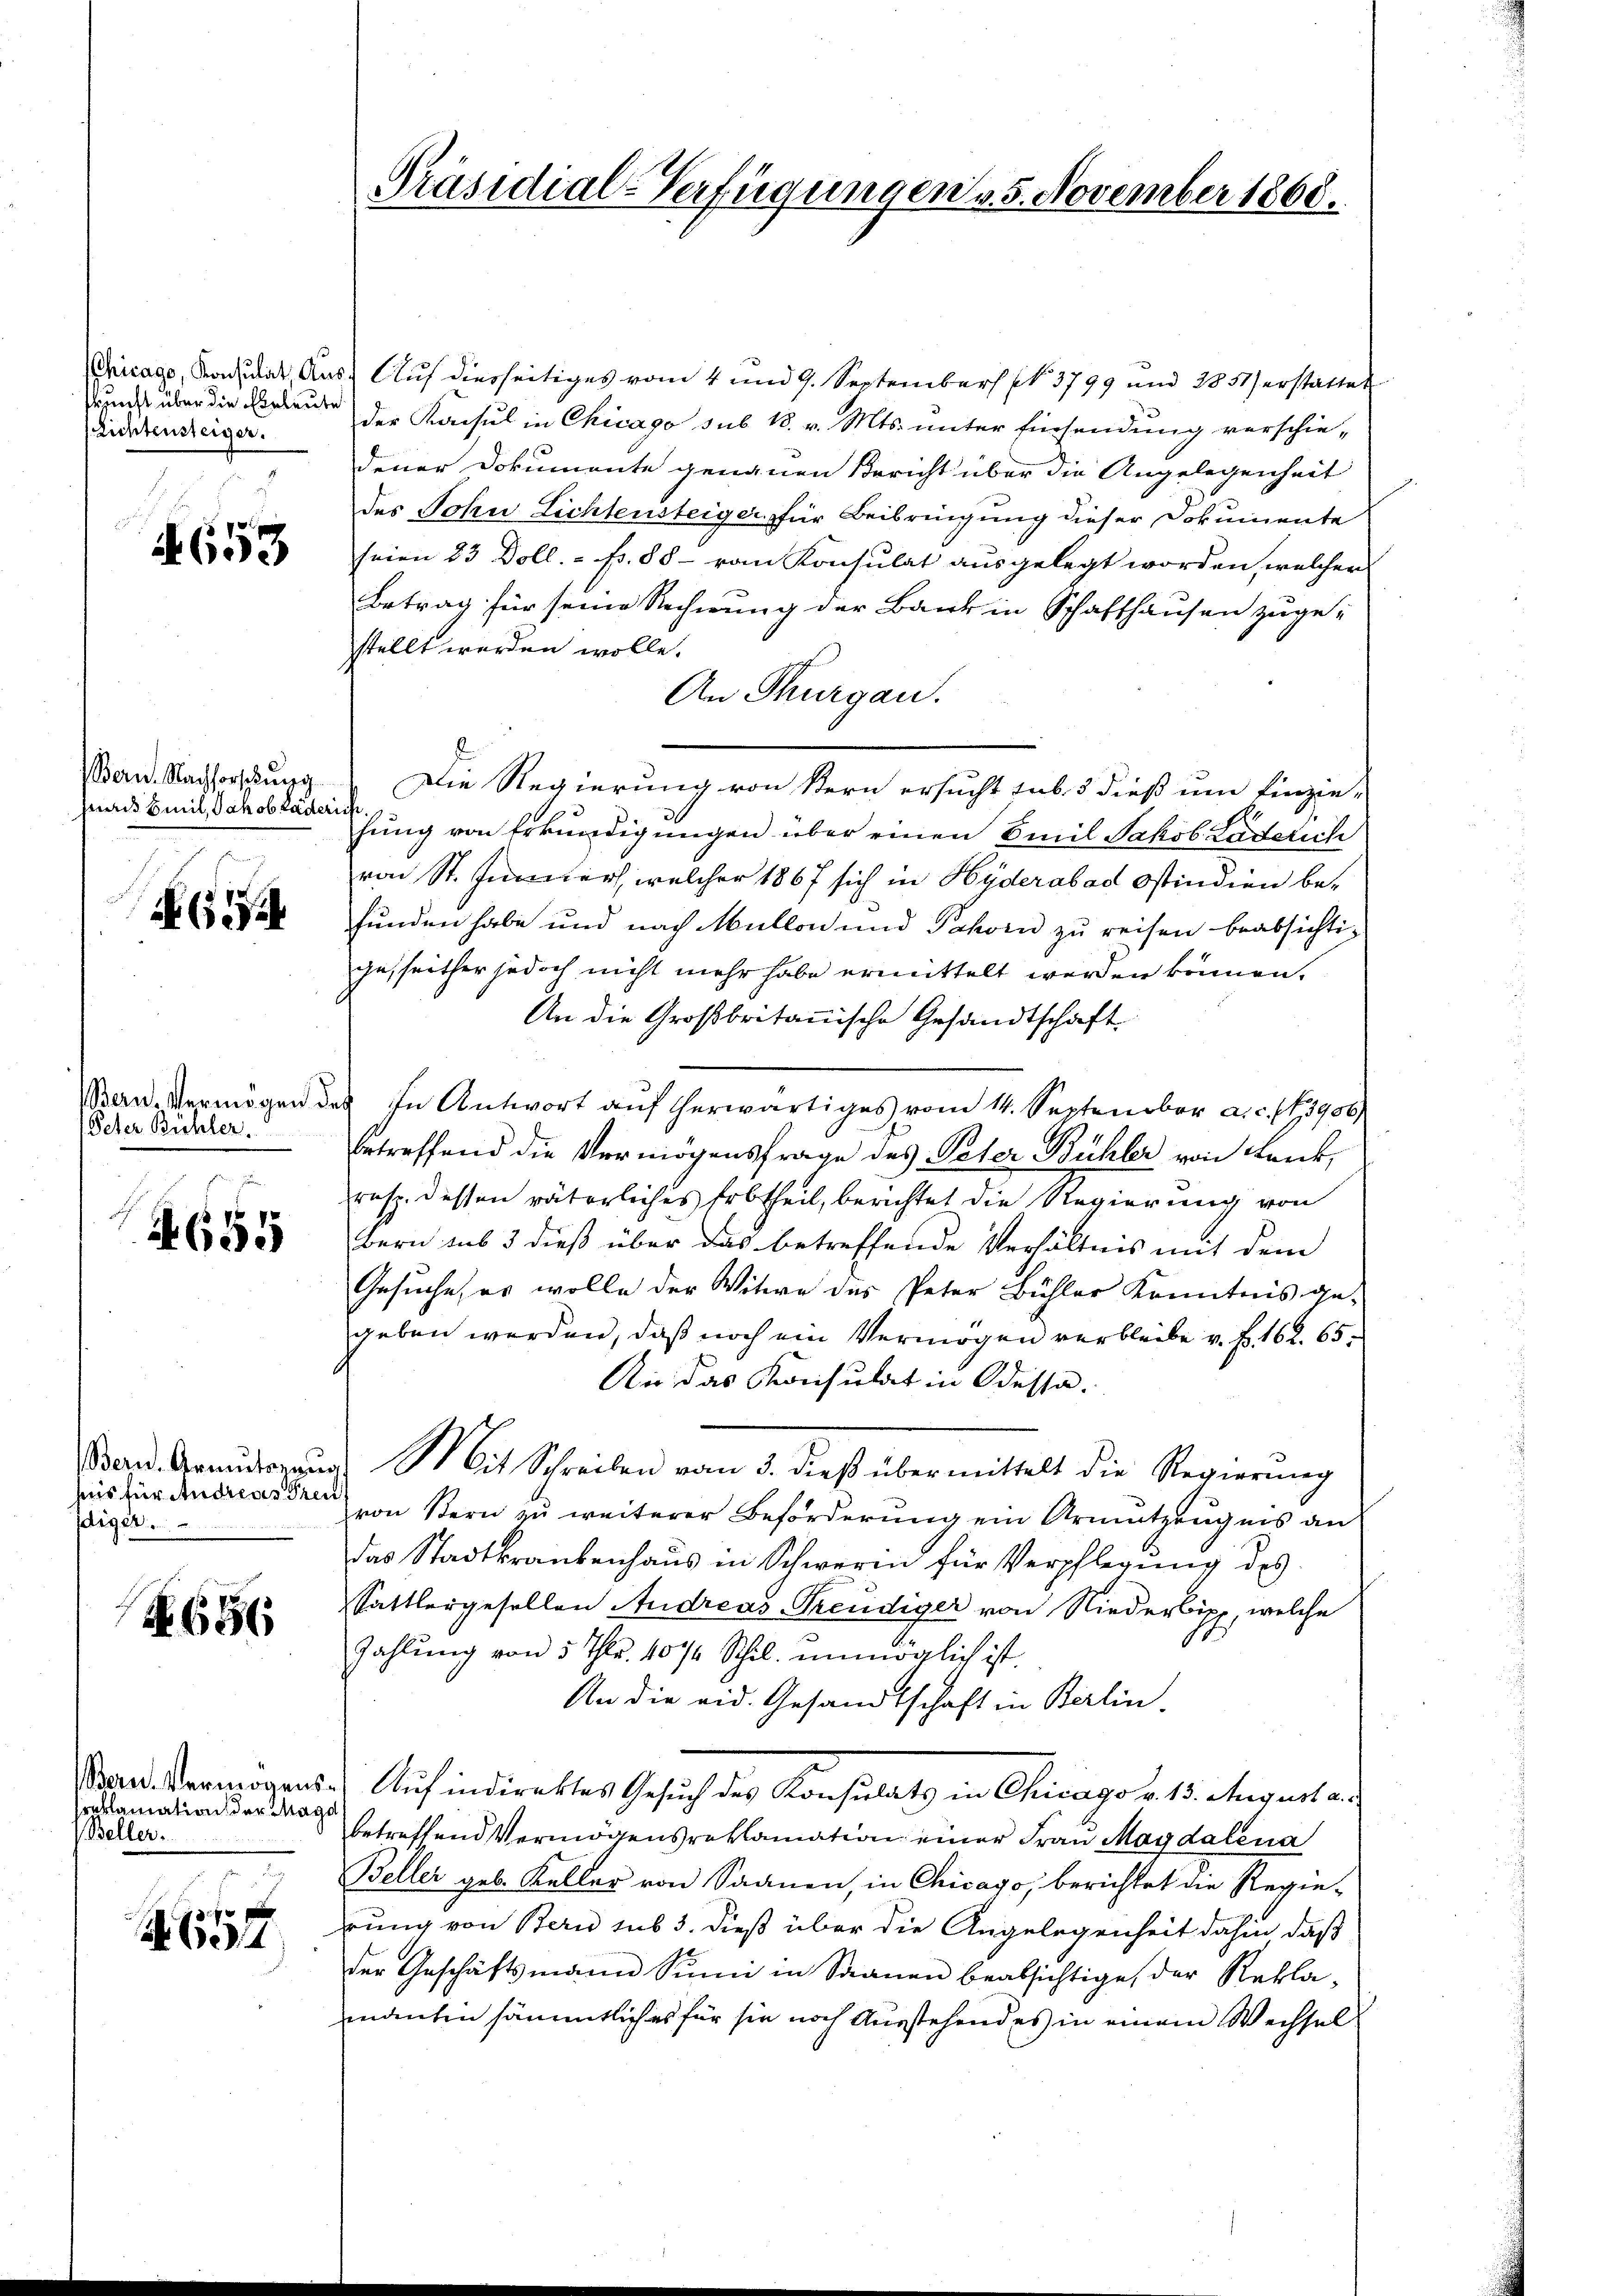
skunft über die Eheleute
Lichtensteiger.

653

Bern. Nachforschung
zwai Emil Jakob Läder

65

Bern. Vermögen d
Peter Bühler.

655

heris für Andreas Freu
Idiger.

No. 656.

Bern. Vermögenssreklamation der Maga
Beller.
.

f
604

Präsidial-Verfügungen v. 5. November 1868.

Chicago, Konsulat, Aus Auf diesseitiges vom 4 und 9. September Nr. 3799 und 1851 erstattet
der Konsul in Chicago sub 18. v. Mts. unter Einsendung verschie-
dener Dokumente genauen Bericht über die Angelegenheit
des John Lichtensteiger für Beibringung dieser Dokumente
seien 23 Doll. - p. 88 - vom Konsulat ausgelegt worden, welcher
Betrag für seine Rechnung der Baur in Schaffhausen zuge-
stellt werden wolle.
An Thurgau.
Die Regierung von Stern ersucht sub. 3 dieß um Einzie-
i
hung von Erkundigungen über einen Emil Jakob Lädelich
von St. Jenner, welcher 1867 sich in Hyderabad Ostindien befunden habe und nach Mullon und Pahorn zu reisen beabsichtigesseither jedoch nicht mehr habe ermittelt werden können.
An die Großbritanische Gesandtschaft
ef
In Antwort auf herwärtiges vom 14. September a. c. fr. 1906/
betreffend die Vermögensfrage des Peter Bühler von Lenk,
resp. dessen väterliches Erbtheil, berichtet die Regierung von
Bern sub 3 dieß über das betreffende Verhältnis mit dem
Gesuche, er wolle der Witwe des Peter Bühler Kenntnis ge-
geben werden, daß noch ein Vermögen verbleibe v. J. 162. 65.
Die das Konsulat in Odessa.
Bord. Armŭtraŭg Sit Schreiben vom 3. dieß übermittelt die Regierŭng
von Stern zu weiterer Beförderung ein Armutzengnis an
das Stadtkrankenhaus in Schwerin für Verpflegung des
.
Sattlergesellen Andreas Treudiger von Niederlipp, welche
Zahlŭng von 5 Thlr. 407/4 Schil unmöglich ist.
An die eid. Gesandtschaft in Berlin-
 Auf indirektes Gesuch des Konsulats in Chicago v. 15. August an
betreffend Vermögensreklamation einer Frau Magdalena
Beller geb. Keller von Saanen, in Chicago, berichtet die Regie-
rung von Bern sub 3. dieß über die Angelegenheit dahin, daß
der Geschäftsmann Sinn in Saanen beabsichtige, der Rekla-
manten sämmtlich es für sie noch Ausstehend es in einem Wechsel